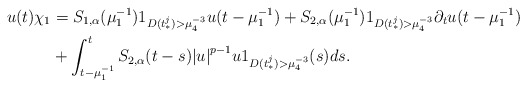
\begin{align*}u(t)\chi_1 &= {S_{1,\alpha }}(\mu _1^{ - 1}){1_{D(t_*^j) > \mu _4^{ - 3}}}u(t - \mu _1^{ - 1}) + {S_{2,\alpha }}(\mu _1^{ - 1}){1_{D(t_*^j) > \mu _4^{ - 3}}}{\partial _t}u(t - \mu _1^{ - 1}) \\&+ \int_{t - \mu _1^{ - 1}}^t {{S_{2,\alpha }}(t - s) {{{\left| u \right|}^{p - 1}}u} } {1_{D(t_*^j) > \mu _4^{ - 3}}}(s)ds.\end{align*}